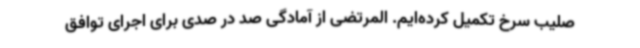
صلیب سرخ تکمیل کرده‌ایم. المرتضی از آمادگی صد در صدی برای اجرای توافق